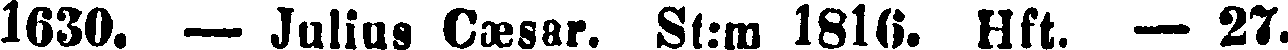
1630. — Julias Caesar. St:m 1816. Hft. — 27.